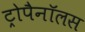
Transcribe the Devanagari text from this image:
ट्रोपैनॉलस